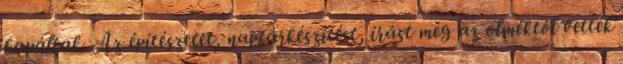
kapáltak. Az építészetet, naptárkészítést, írást meg az olméktól vették